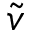
\tilde { v }